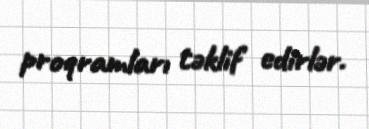
proqramları təklif edirlər.